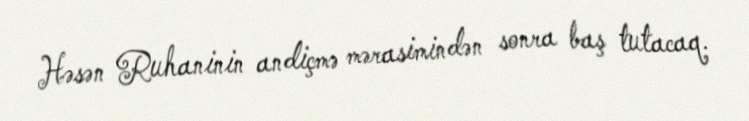
Həsən Ruhaninin andiçmə mərasimindən sonra baş tutacaq.